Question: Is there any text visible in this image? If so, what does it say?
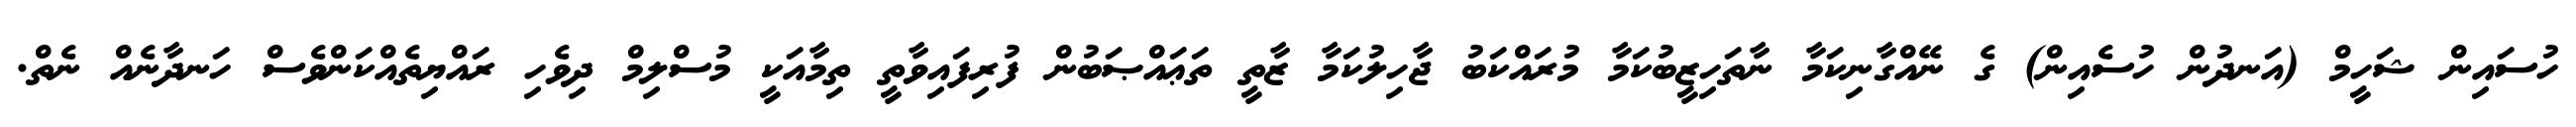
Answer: ހުސައިން ޝަހީމް (އަނދުން ހުސެއިން) ގެ ނޭއްގާނިކަމާ ނާތަހިޒީބުކަމާ މުރައްކަބު ޖާހިލުކަމާ ޒާތީ ތަޢައްޞަބުން ފުރިފައިވާތީ ތިމާއަކީ މުސްލިމް ދިވެހި ރައްޔިތެއްކަންވެސް ހަނދާނެއް ނެތް.